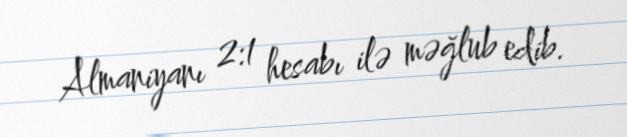
Almaniyanı 2:1 hesabı ilə məğlub edib.